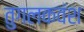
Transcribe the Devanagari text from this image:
तुगलकवंश